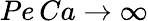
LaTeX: Pe\, Ca\rightarrow\infty